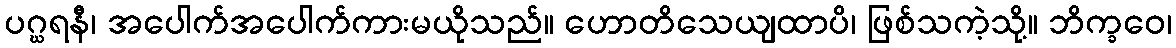
ပဂ္ဃရနီ၊ အပေါက်အပေါက်ကားမယိုသည်။ ဟောတိသေယျထာပိ၊ ဖြစ်သကဲ့သို့။ ဘိက္ခဝေ၊